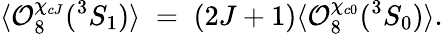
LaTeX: \langle{\cal O}_{8}^{\chi_{cJ}}({}^{3}S_{1})\rangle\; =\; (2J+1)\langle{\cal O}_{8}^{\chi_{c0}}({}^{3}S_{0})\rangle.